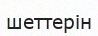
шеттерін